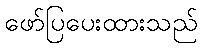
ဖော်ပြပေးထားသည်